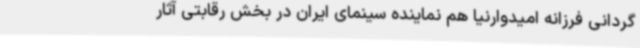
گردانی فرزانه امیدوارنیا هم نماینده سینمای ایران در بخش رقابتی آثار